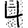
Digit: 4